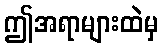
ဤအရာများထဲမှ